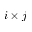
i \times j